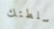
سلطتك